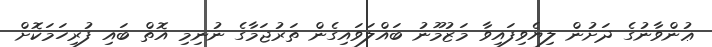
ޢުންވާނުގެ ދަށުން ލިޔެވިފައިވާ މަޒުމޫނު ބައްލަވައިގެން ތަރުޖަމާގެ ނުނިމި އޮތް ބައި ފުރިހަމަކޮށް